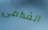
القدامى